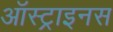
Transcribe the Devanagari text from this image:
ऑस्ट्राइनस